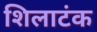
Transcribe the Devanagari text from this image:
शिलाटंक